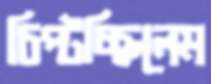
চিপ্‌টচ্ছিলেম